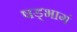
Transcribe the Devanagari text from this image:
षड्भागं